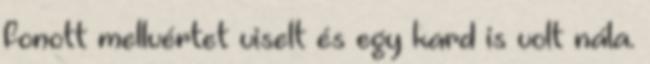
fonott mellvértet viselt és egy kard is volt nála.